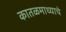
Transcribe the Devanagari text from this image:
कातळमाथ्याचे